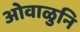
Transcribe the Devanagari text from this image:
ओवाळुनि